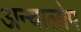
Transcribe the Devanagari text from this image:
अन्वालोप